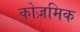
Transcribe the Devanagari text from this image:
कोज़मिक